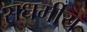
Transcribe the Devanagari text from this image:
सधर्मीय